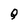
Character: Q